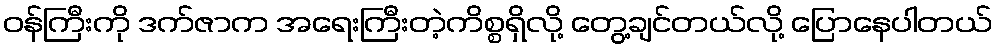
ဝန်ကြီးကို ဒက်ဇာက အရေးကြီးတဲ့ကိစ္စရှိလို့ တွေ့ချင်တယ်လို့ ပြောနေပါတယ်